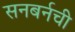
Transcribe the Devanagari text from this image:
सनबर्नची